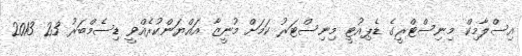
އިސްލާމިކް މިނިސްޓްރީގެ ޑެޕިއުޓީ މިނިސްޓަރު ކަމަށް މުނީޒާ އައްޔަންކުރެއްވީ ޑިސެމްބަރު 23 2013